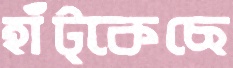
হাঁট্‌কেছে